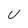
Character: U